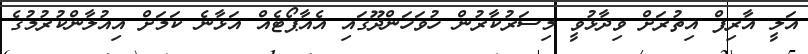
އަލީ އާރިފް އިތުރަށް ވިދާޅުވީ މިސަރުކާރުން ހުވަހަންދޫގައި އެއާޕޯޓެއް އަޅާނެ ކަމަށް އިއުލާންކުރުމުގެ